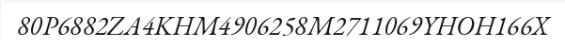
80P6882ZA4KHM4906258M2711069YHOH166X